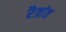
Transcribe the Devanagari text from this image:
रैत्रांत